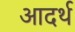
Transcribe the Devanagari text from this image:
आदर्थ